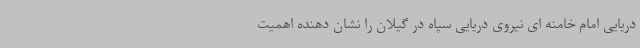
دریایی امام خامنه ای نیروی دریایی سپاه در گیلان را نشان دهنده اهمیت